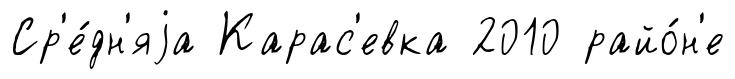
Ср'е́дн'яjа Карас'евка 2010 райо́н'е